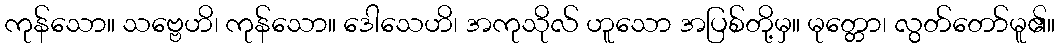
ကုန်သော။ သဗ္ဗေဟိ၊ ကုန်သော။ ဒေါသေဟိ၊ အကုသိုလ် ဟူသော အပြစ်တို့မှ။ မုတ္တော၊ လွတ်တော်မူ၏။